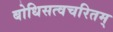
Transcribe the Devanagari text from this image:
बोधिसत्वचरितम्